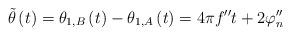
LaTeX: \begin{align*}\tilde \theta \left( t \right) = {\theta _{1,B}}\left( t \right) - {\theta _{1,A}}\left( t \right) = 4\pi f''t + 2{\varphi ''_n} \end{align*}